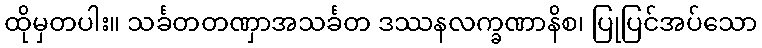
ထိုမှတပါး။ သင်္ခတတဏှာအသင်္ခတ ဒဿနလက္ခဏာနိစ၊ ပြုပြင်အပ်သော